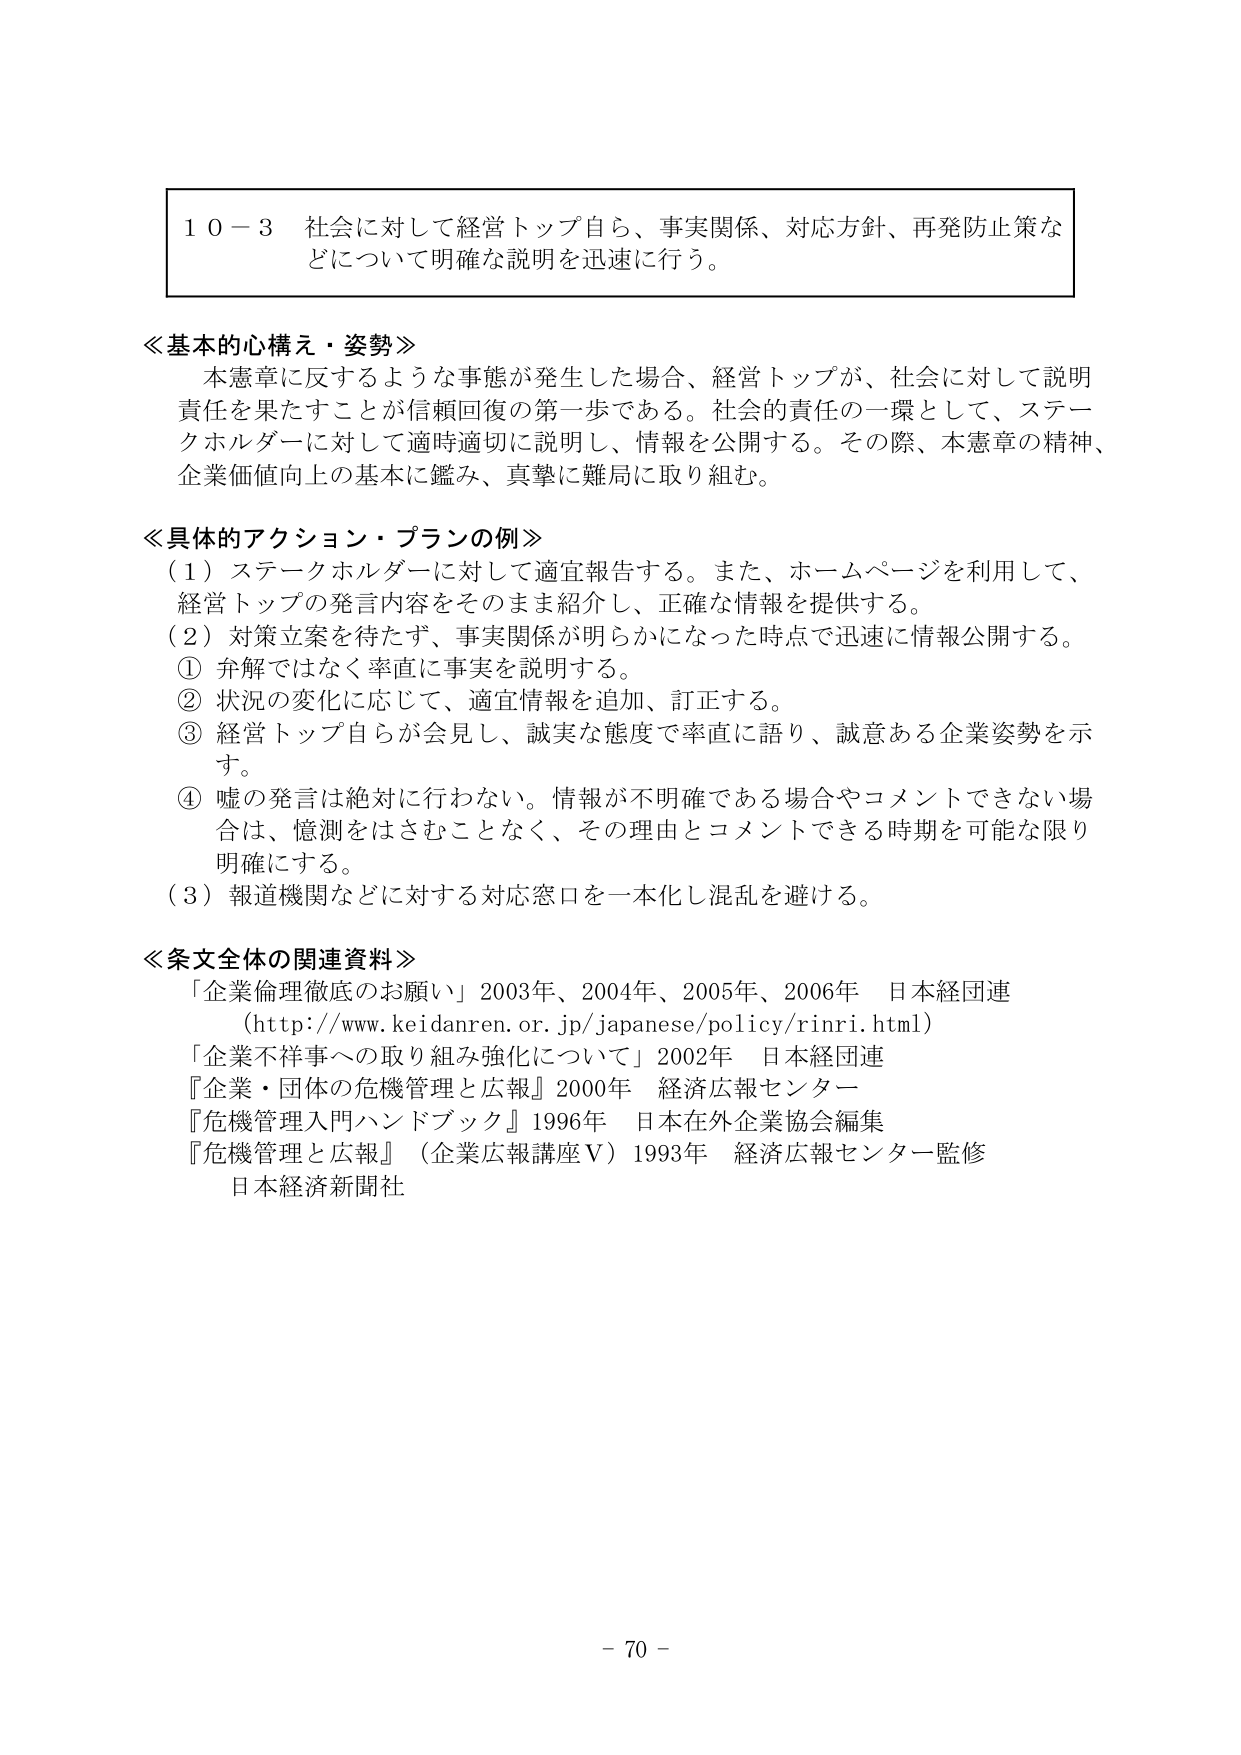
１０－３ 社会に対して経営トップ自ら、事実関係、対応方針、再発防止策などについて明確な説明を迅速に行う。

≪基本的心構え・姿勢≫
本憲章に反するような事態が発生した場合、経営トップが、社会に対して説明責任を果たすことが信頼回復の第一歩である。社会的責任の一環として、ステークホルダーに対して適時適切に説明し、情報を公開する。その際、本憲章の精神、企業価値向上の基本に鑑み、真摯に難局に取り組む。

≪具体的アクション・プランの例≫
（１）ステークホルダーに対して適宜報告する。また、ホームページを利用して、経営トップの発言内容をそのまま紹介し、正確な情報を提供する。
（２）対策立案を待たず、事実関係が明らかになった時点で迅速に情報公開する。
① 弁解ではなく率直に事実を説明する。
② 状況の変化に応じて、適宜情報を追加、訂正する。
③ 経営トップ自らが会見し、誠実な態度で率直に語り、誠意ある企業姿勢を示す。
④ 嘘の発言は絶対に行わない。情報が不明確である場合やコメントできない場合は、憶測をはさむことなく、その理由とコメントできる時期を可能な限り明確にする。
（３）報道機関などに対する対応窓口を一本化し混乱を避ける。

≪条文全体の関連資料≫
「企業倫理徹底のお願い」2003年、2004年、2005年、2006年 日本経団連
（http://www.keidanren.or.jp/japanese/policy/rinri.html）
「企業不祥事への取り組み強化について」2002年 日本経団連
『企業・団体の危機管理と広報』2000年 経済広報センター
『危機管理入門ハンドブック』1996年 日本在外企業協会編集
『危機管理と広報』（企業広報講座Ⅴ）1993年 経済広報センター監修
日本経済新聞社

－ 70 －